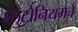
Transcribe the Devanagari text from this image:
प्लुटोनियमचे